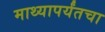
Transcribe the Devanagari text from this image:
माथ्यापर्यंतचा